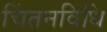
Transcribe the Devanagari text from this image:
चिंतनविधि